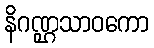
နိဂဏ္ဌသာဝကော